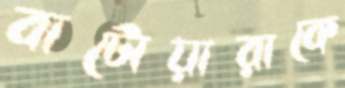
বাটোয়ারাকে